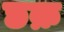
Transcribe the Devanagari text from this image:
छक्र